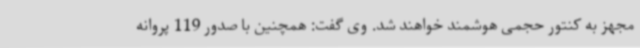
مجهز به کنتور حجمی هوشمند خواهند شد. وی گفت: همچنین با صدور 119 پروانه